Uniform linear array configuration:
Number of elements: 24
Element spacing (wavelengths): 0.5
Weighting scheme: hamming
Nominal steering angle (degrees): -60
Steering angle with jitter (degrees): -59.767
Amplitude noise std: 0.05
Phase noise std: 0.05

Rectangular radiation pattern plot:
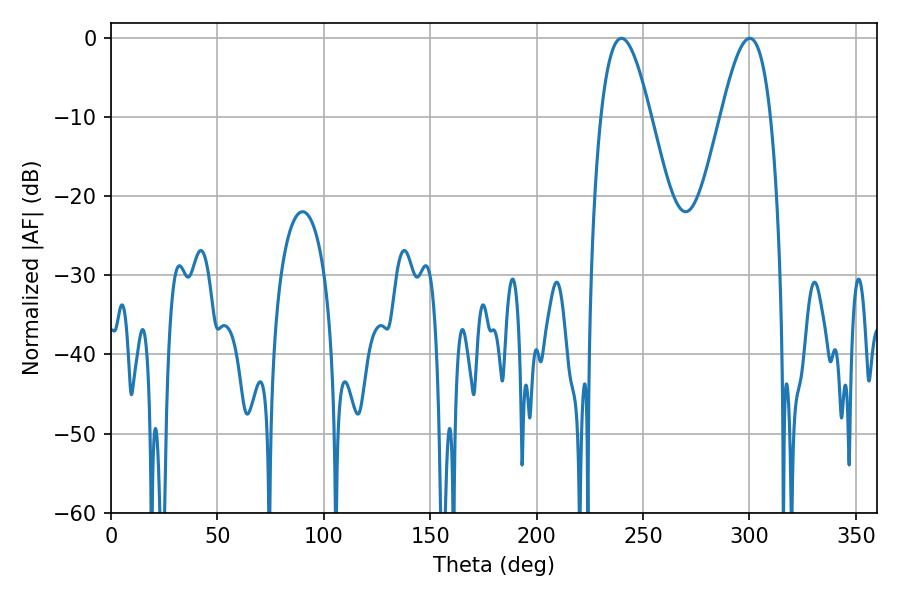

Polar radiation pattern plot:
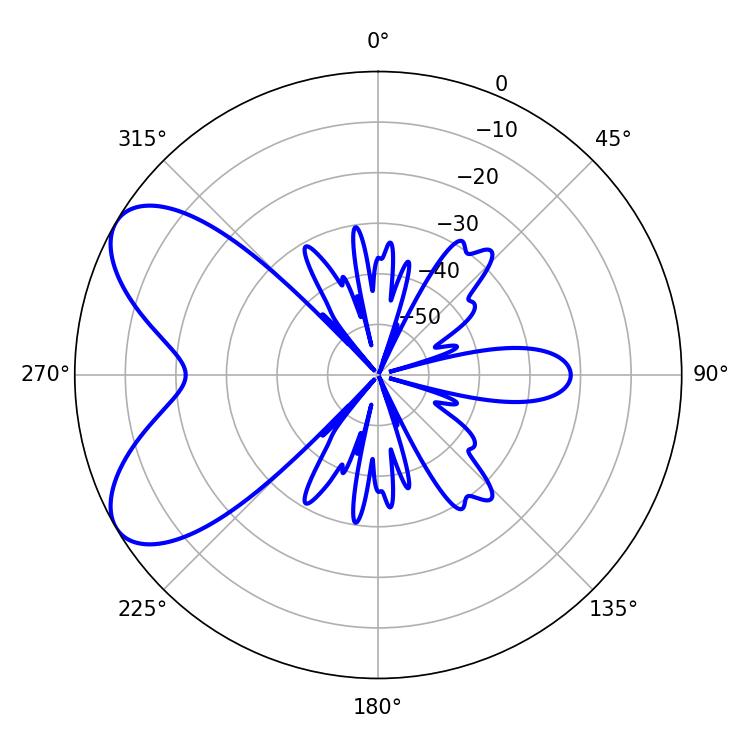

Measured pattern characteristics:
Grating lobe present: FALSE
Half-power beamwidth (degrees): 12.6
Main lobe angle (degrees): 300.06